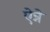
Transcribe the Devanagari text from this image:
ऐन्ने